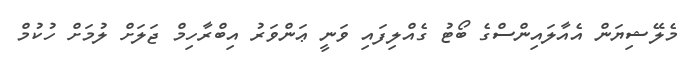
މެލޭޝިޔަން އެއާލައިންސްގެ ބޯޓު ގެއްލިފައި ވަނީ ޢަންވަރު އިބްރާހިމް ޖަލަށް ލުމަށް ހުކުމް